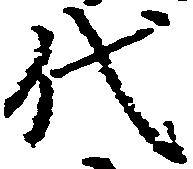
代